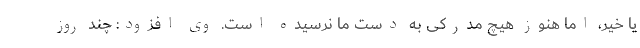
یا خیر، اما هنوز هیچ مدرکی به دست ما نرسیده است. وی افزود: چند روز